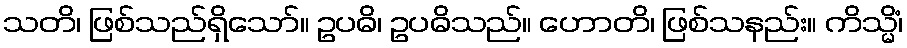
သတိ၊ ဖြစ်သည်ရှိသော်။ ဥပဓိ၊ ဥပဓိသည်။ ဟောတိ၊ ဖြစ်သနည်း။ ကိသ္မိံ၊